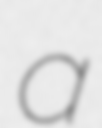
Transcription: a